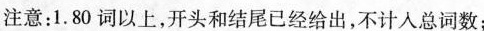
注意：1.80词以上，开头和结尾已经给出，不计入总词数；